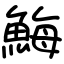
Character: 䱕